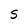
Character: S